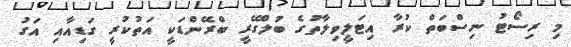
މި ރިސޯޓު ނިސްބަތް ކުރާ އިޓަލީވިލާތުގެ ބުލްގޭރީ ބްރޭންޑަކީ އަތުކުރީ ގަޑިއާއި އަގު